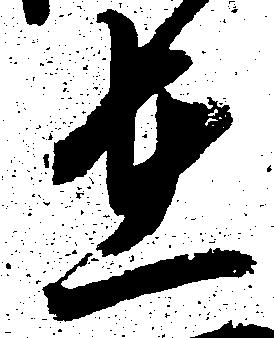
在